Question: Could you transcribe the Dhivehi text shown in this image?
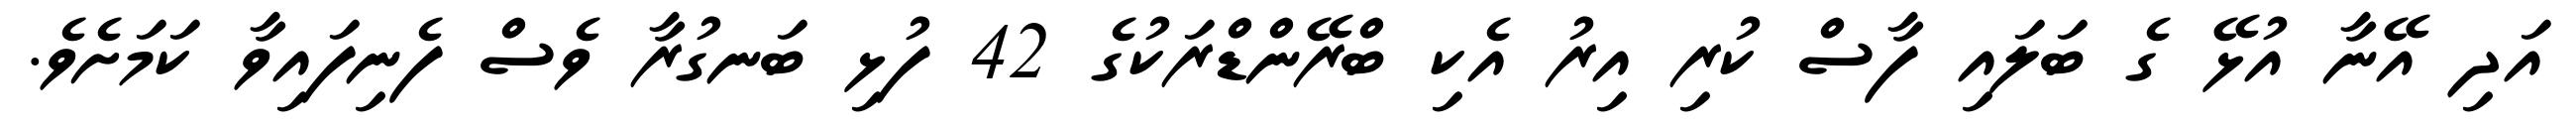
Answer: އަދި އޭނާ އުޅޭ ގެ ބަލައި ފާސް ކުރި އިރު އެކި ބްރޭންޑްރަކުގެ 42 ފުޅި ބަނގުރާ ވެސް ފެނިފައިވާ ކަމަށެވެ.